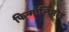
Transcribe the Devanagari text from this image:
फिन्गोलिमोड